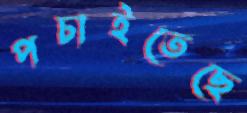
পচাইতেছে